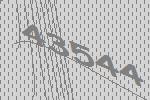
43544